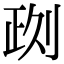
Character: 𠝙